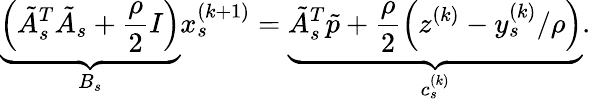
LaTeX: \underbrace{\left(\tilde{A}_{s}^{T}\tilde{A}_{s}+\frac{\rho}{2}I\right)}_{B_{s}}x_{s}^{(k+1)}=\underbrace{\tilde{A}_{s}^{T}\tilde{p}+\frac{\rho}{2}\left(z^{(k)}-y_{s}^{(k)}/\rho\right)}_{c_{s}^{(k)}}.